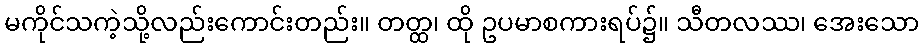
မကိုင်သကဲ့သို့လည်းကောင်းတည်း။ တတ္ထ၊ ထို ဥပမာစကားရပ်၌။ သီတလဿ၊ အေးသော